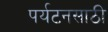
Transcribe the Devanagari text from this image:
पर्यटनसाठी